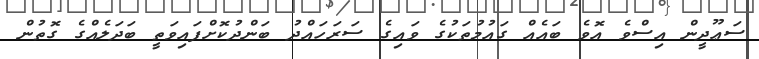
ސަޢޫދީން އިސްވެ އޮވެ ބައެއް ގައުމުތަކުގެ ވައިގެ ސަރަހައްދު ބަންދުކޮށްފައިވަތީ ބަދަލެއްގެ ގޮތުން